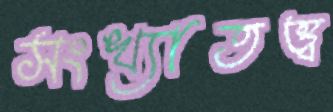
সংখ্যাতত্ত্ব